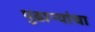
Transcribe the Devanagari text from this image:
पुढाऱ्यांचा